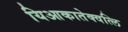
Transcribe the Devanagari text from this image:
यिआकातेक्वत्लि